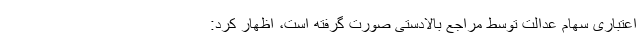
اعتباری سهام عدالت توسط مراجع بالادستی صورت گرفته است، اظهار کرد: